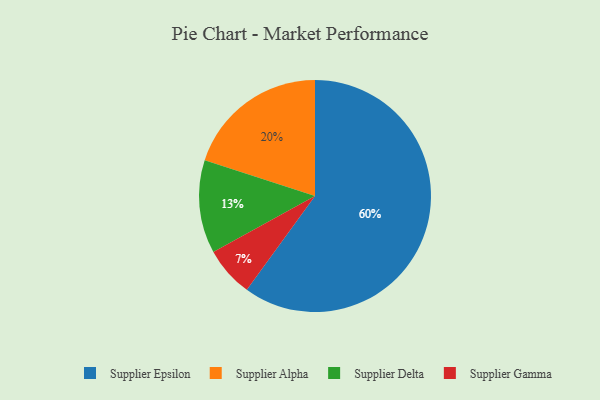
{"axis": {"x": "Category", "y": "Percentage"}, "legend": ["Supplier Alpha", "Supplier Delta", "Supplier Epsilon", "Supplier Gamma"], "data": [{"x": "Supplier Epsilon", "y": 60, "type": "Supplier Epsilon"}, {"x": "Supplier Gamma", "y": 7, "type": "Supplier Gamma"}, {"x": "Supplier Delta", "y": 13, "type": "Supplier Delta"}, {"x": "Supplier Alpha", "y": 20, "type": "Supplier Alpha"}]}